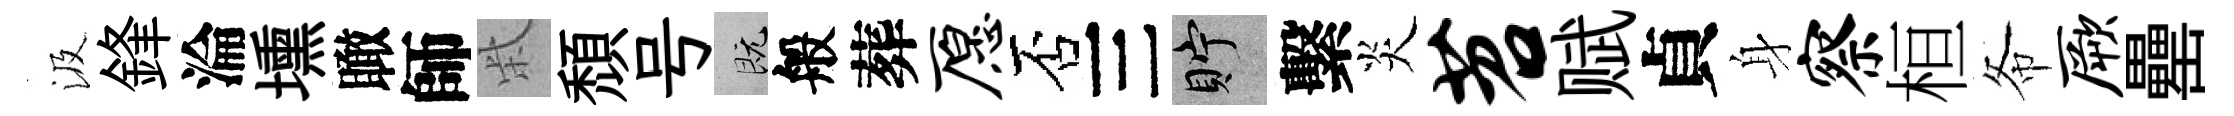
汲鋒淪壎瞰師柴頹号既般葬愿否三貯繫炎苕赋貞身察桓𢁙厥罍